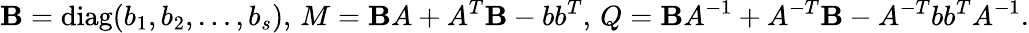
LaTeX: \mathbf{B}=\operatorname{diag}(b_{1},b_{2},\ldots,b_{s}),\, M=\mathbf{B}A+A^{T}\mathbf{B}-bb^{T},\, Q=\mathbf{B}A^{-1}+A^{-T}\mathbf{B}-A^{-T}bb^{T}A^{-1}.